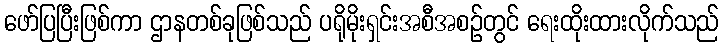
ဖော်ပြပြီးဖြစ်ကာ ဌာနတစ်ခုဖြစ်သည် ပရိုမိုးရှင်းအစီအစဉ်တွင် ရေးထိုးထားလိုက်သည်